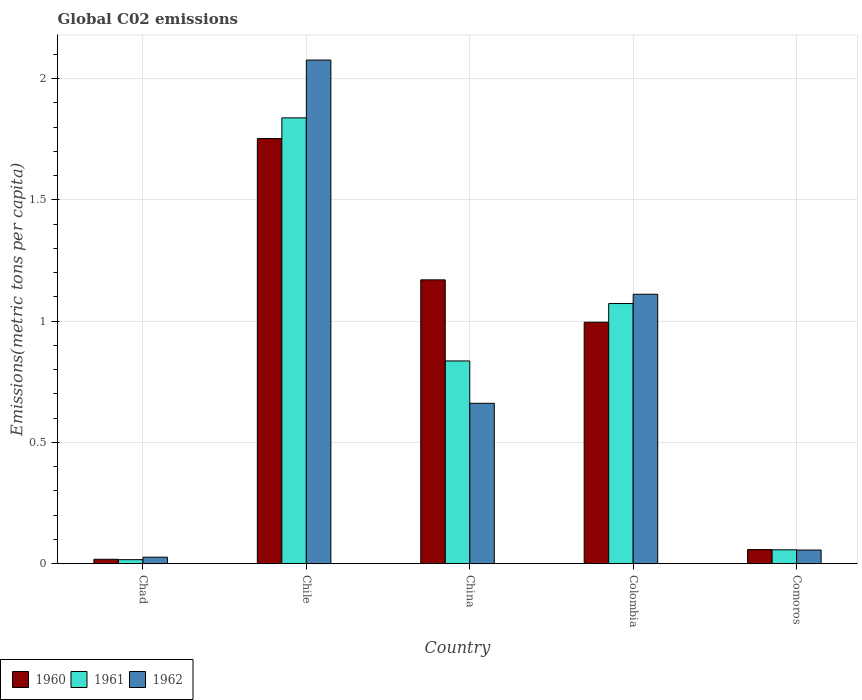
| Country | 1960 | 1961 | 1962 |
 | --- | --- | --- | --- |
 | Chad | 0.0183 | 0.0168 | 0.027 |
 | Chile | 1.75 | 1.84 | 2.08 |
 | China | 1.17 | 0.836 | 0.661 |
 | Colombia | 0.996 | 1.07 | 1.11 |
 | Comoros | 0.0583 | 0.0573 | 0.0564 |